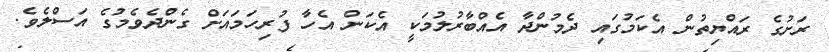
ރަށުގެ ރައްޔިތުން އެކަމުގައި ދެމުންދާ އެއްބާރުލުމަކީ އެކަން އެހާ ފުރިހަމައަށް ގެންދެވެމުގެ އަސްލެވެ.